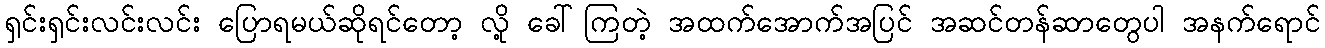
ရှင်းရှင်းလင်းလင်း ပြောရမယ်ဆိုရင်တော့ လို့ ခေါ်ကြတဲ့ အထက်အောက်အပြင် အဆင်တန်ဆာတွေပါ အနက်ရောင်